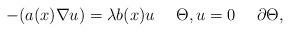
LaTeX: \begin{align*}-(a(x)\nabla u)=\lambda b(x)u\quad\ \Theta,u=0\quad\ \partial\Theta,\end{align*}